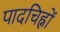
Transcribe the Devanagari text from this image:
पादचिह्नों